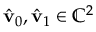
\hat { \mathbf { v } } _ { 0 } , \hat { \mathbf { v } } _ { 1 } \in \mathbb { C } ^ { 2 }